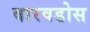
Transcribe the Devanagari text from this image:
वारवडोस